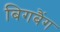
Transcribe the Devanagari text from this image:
बिगबैंग